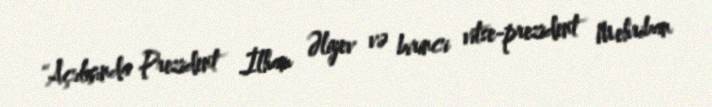
“Açılışında Prezident İlham Əliyev və birinci vitse-prezident Mehriban